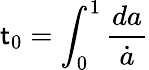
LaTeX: \mathsf{t}_{0}=\int_{0}^{1}{\frac{{da}}{{\dot{{a}}}}}